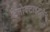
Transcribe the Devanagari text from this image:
टेनोक्टाइट्लैन